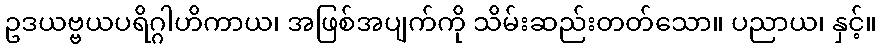
ဥဒယဗ္ဗယပရိဂ္ဂါဟိကာယ၊ အဖြစ်အပျက်ကို သိမ်းဆည်းတတ်သော။ ပညာယ၊ နှင့်။